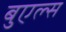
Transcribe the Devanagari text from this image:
बुएल्स